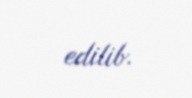
edilib.